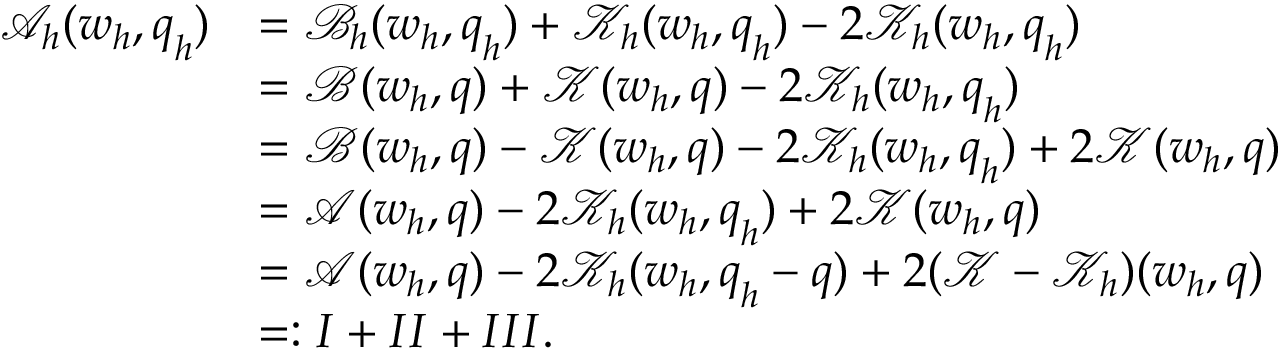
\begin{array} { r l } { \mathcal { A } _ { \boldsymbol { h } } ( \boldsymbol { w } _ { \boldsymbol { h } } , \boldsymbol { q } _ { \boldsymbol { h } } ) } & { = \mathcal { B } _ { \boldsymbol { h } } ( \boldsymbol { w } _ { \boldsymbol { h } } , \boldsymbol { q } _ { \boldsymbol { h } } ) + \mathcal { K } _ { \boldsymbol { h } } ( \boldsymbol { w } _ { \boldsymbol { h } } , \boldsymbol { q } _ { \boldsymbol { h } } ) - 2 \mathcal { K } _ { \boldsymbol { h } } ( \boldsymbol { w } _ { \boldsymbol { h } } , \boldsymbol { q } _ { \boldsymbol { h } } ) } \\ & { = \mathcal { B } ( \boldsymbol { w } _ { \boldsymbol { h } } , \boldsymbol { q } ) + \mathcal { K } ( \boldsymbol { w } _ { \boldsymbol { h } } , \boldsymbol { q } ) - 2 \mathcal { K } _ { \boldsymbol { h } } ( \boldsymbol { w } _ { \boldsymbol { h } } , \boldsymbol { q } _ { \boldsymbol { h } } ) } \\ & { = \mathcal { B } ( \boldsymbol { w } _ { \boldsymbol { h } } , \boldsymbol { q } ) - \mathcal { K } ( \boldsymbol { w } _ { \boldsymbol { h } } , \boldsymbol { q } ) - 2 \mathcal { K } _ { \boldsymbol { h } } ( \boldsymbol { w } _ { \boldsymbol { h } } , \boldsymbol { q } _ { \boldsymbol { h } } ) + 2 \mathcal { K } ( \boldsymbol { w } _ { \boldsymbol { h } } , \boldsymbol { q } ) } \\ & { = \mathcal { A } ( \boldsymbol { w } _ { \boldsymbol { h } } , \boldsymbol { q } ) - 2 \mathcal { K } _ { \boldsymbol { h } } ( \boldsymbol { w } _ { \boldsymbol { h } } , \boldsymbol { q } _ { \boldsymbol { h } } ) + 2 \mathcal { K } ( \boldsymbol { w } _ { \boldsymbol { h } } , \boldsymbol { q } ) } \\ & { = \mathcal { A } ( \boldsymbol { w } _ { \boldsymbol { h } } , \boldsymbol { q } ) - 2 \mathcal { K } _ { \boldsymbol { h } } ( \boldsymbol { w } _ { \boldsymbol { h } } , \boldsymbol { q } _ { \boldsymbol { h } } - \boldsymbol { q } ) + 2 ( \mathcal { K } - \mathcal { K } _ { \boldsymbol { h } } ) ( \boldsymbol { w } _ { \boldsymbol { h } } , \boldsymbol { q } ) } \\ & { = : I + I I + I I I . } \end{array}